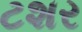
ટશર